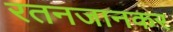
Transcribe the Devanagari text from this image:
रतनजानकर